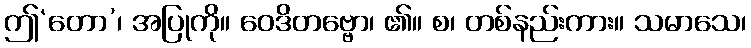
ဤ‘တော’၊ အပြုကို။ ဝေဒိတဗ္ဗော၊ ၏။ စ၊ တစ်နည်းကား။ သမာသေ၊